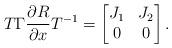
LaTeX: \begin{align*} T \Gamma \frac{\partial R}{\partial x} T^{-1} = \begin{bmatrix} J_1 & J_2 \\ 0 & 0 \end{bmatrix}. \end{align*}